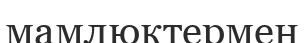
мамлюктермен